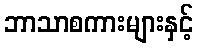
ဘာသာစကားများနှင့်